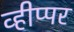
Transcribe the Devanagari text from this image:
व्हीप्पर